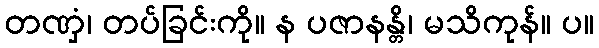
တဏှံ၊ တပ်ခြင်းကို။ န ပဇာနန္တိ၊ မသိကုန်။ ပ။